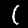
Label: 1